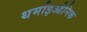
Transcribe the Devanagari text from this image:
थर्माइओनिक